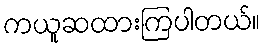
ကယူဆထားကြပါတယ်။